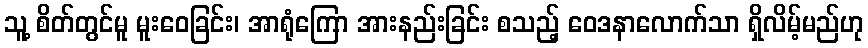
သူ့ စိတ်တွင်မူ မူးဝေခြင်း၊ အာရုံကြော အားနည်းခြင်း စသည့် ဝေဒနာလောက်သာ ရှိလိမ့်မည်ဟု